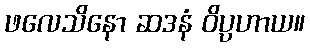
ဖလေသိနော ဆဒနံ ဝိပ္ပဟာယ။